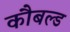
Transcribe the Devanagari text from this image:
कौबल्ड